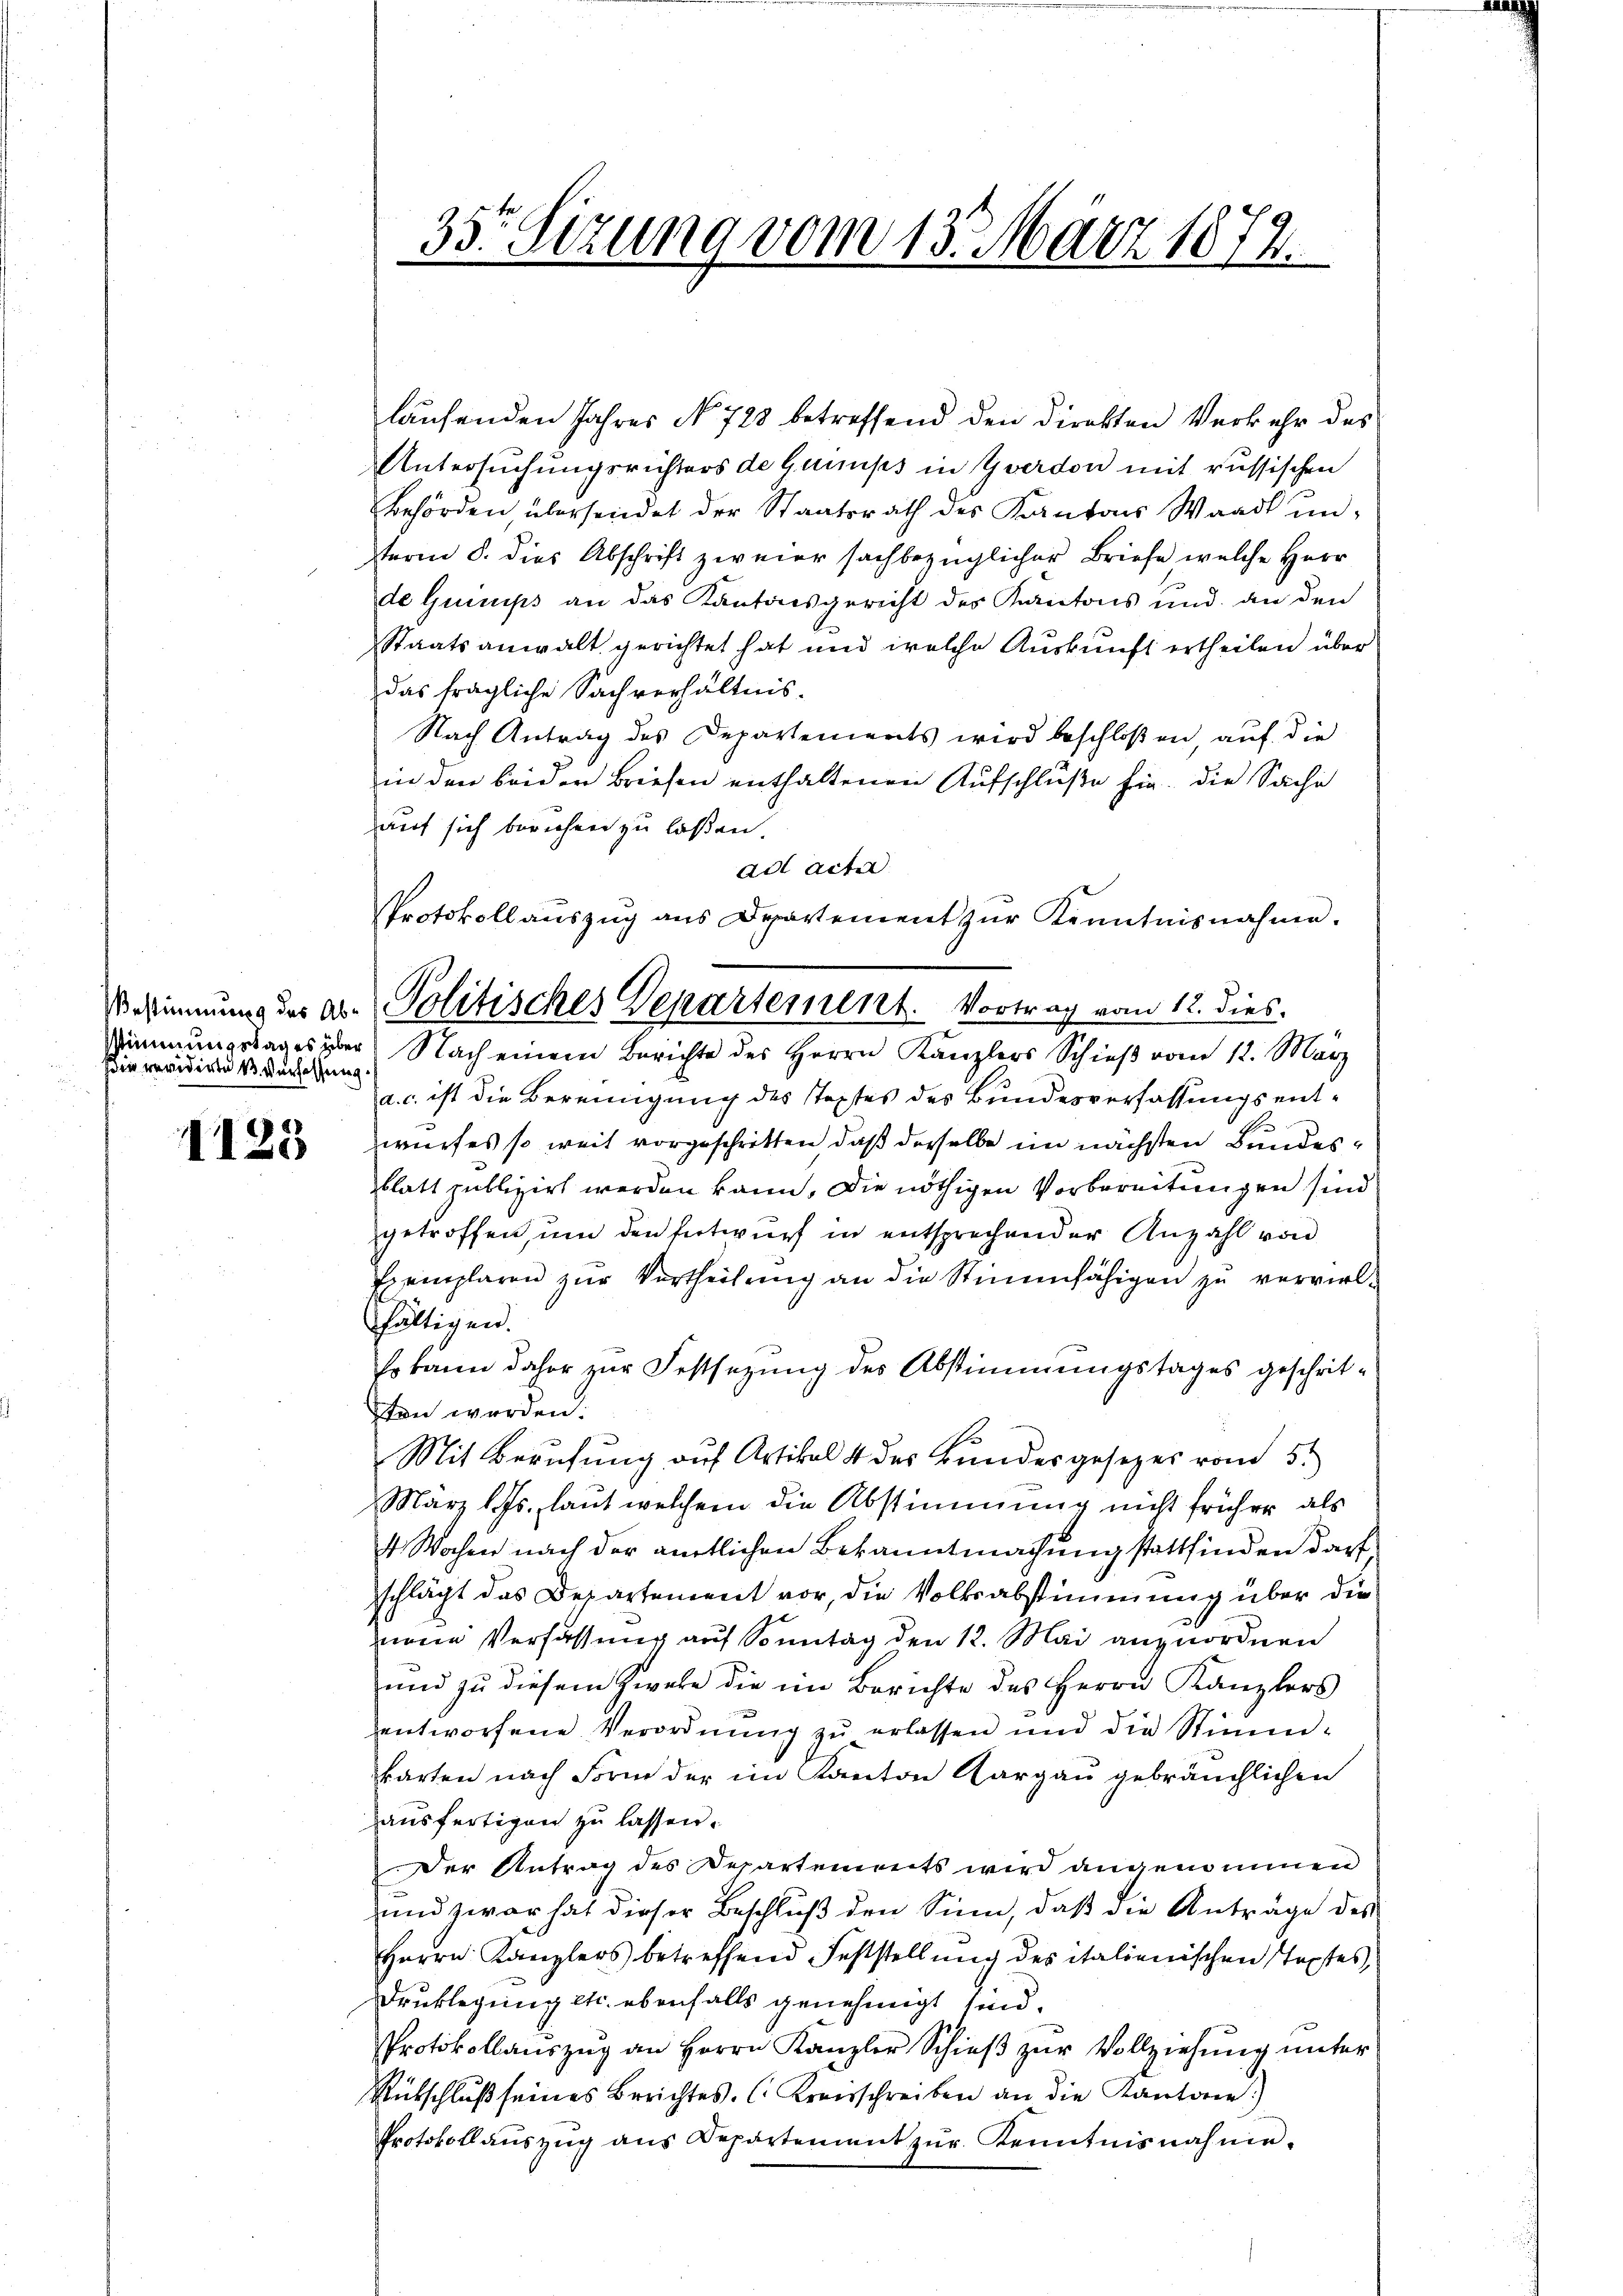
sie revidirte 1 verfassung.

1125

.
laŭfenden Jahres et 728 betreffend den direkten Verkehr des
Untersuchungsrichters de Gumps in Yverdon mit russischen
Behörden, übersendet der Staatsrath des Kantons Waadt unteren S. dies Abschrift zweier sachbezüglicher Briefe welche Herr
de Guimps an das Kantonsgericht des Kantons und an den
Staatsanwalt gerichtet hat und welche Auskunft ertheilen über
das fragliche Sachverhältnis.
Nach Antrag des Departements wird beschloßen, auf die
in den beider Briefen enthaltenen Aufschluße hin, die Sache
auf sich beruhen zu laßen.
ad acter
Stimmungstages über Nach einem Berichte des Herrn Kanzlers Schieβ vom 12. März
a. c. ist die Bereinigung des Textes des Bundesverfassungsentwurfes so weit vorgeschritten, daß derselbe im nächsten Bundesblatt publizirt werden kann. Die nöthigen Vorbereitungen sind
getroffen, um den Entwurf in entsprechender Anzahl von
Exemplaren zŭr Vertheilŭng an die Stimmfähigen zŭ verviel-
fältigen.
so kann daher zur Festsezung des Abstimmungstages geschritten werden.
Mit Berufung aŭf Artikal 4 des Bŭndesgesetzes vom 5.
März l. Js. laut welchem die Abstimmung nicht früher als
4 Wochen nach der amtlichen Bekanntmachung stattfinden darf
schlägt das Departement vor, die Volksabstimmung über die
ene Verfassung auf Sonntag den 12. Mai anzuordnen
und zu diesem Zweke die im Berichte des Herrn Kanzlers
entworfene Verordnŭng zŭ erlassen und die Stimm-
karten nach Form der im Kanton Aargau gebräuchlichen
ausfertigen zu lassen.
Der Antrag des Departements wird angenommen
und zwar hat dieser Beschluß den Sinn, daß die Anträge des
Herrn Kanzlers betreffend Feststellung des italienischen Textes,
Drucklegung etc. ebenfalls genehmigt sind.
Protokollauszug an Herrn Kanzler Schieß zur Vollziehung unter
Rutschluß seines Berichtes. (Kreisschreiben an die Kantone.)
Protokoll aŭszŭg ans Departement zŭr Kenntnisnahme.

35te Sitzung vom 13. März 1874.

Protokollaŭszŭg ans Departement zŭr Kenntnisnahme.
Bestimmung des ab. Politisches Departement. Vortrag vom 12. dies.